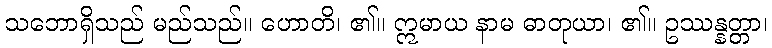
သဘောရှိသည် မည်သည်။ ဟောတိ၊ ၏။ ဣမာယ နာမ ဓာတုယာ၊ ၏။ ဥဿန္နတ္တာ၊